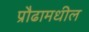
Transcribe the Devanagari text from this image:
प्रौढामधील